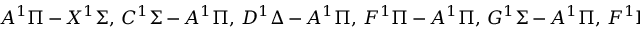
A ^ { 1 } \Pi \, - \, X ^ { 1 } \Sigma , \, C ^ { 1 } \Sigma \, - \, A ^ { 1 } \Pi , \, D ^ { 1 } \Delta \, - \, A ^ { 1 } \Pi , \, F ^ { 1 } \Pi \, - \, A ^ { 1 } \Pi , \, G ^ { 1 } \Sigma \, - \, A ^ { 1 } \Pi , \, F ^ { 1 } \Pi \, - \, B ^ { 1 } \Sigma